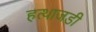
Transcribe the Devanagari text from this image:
हत्थाजडी